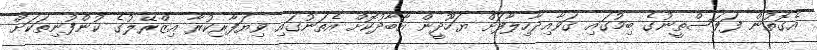
އެގޮތުން ފަލަސްތީނުގެ ބިމުގައި ގަވާއިދާހިލާފަށް ޔަހޫދީން އާބާދުކޮށް އެތަނުގައި ވިޔަފާރިކުރާ އިޒްރޭލުގެ ކުންފުނިތަކަށް